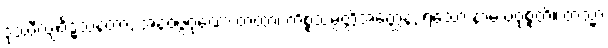
ဒုဿီလျဝိဒ္ဓံသနတာ, အနဝဇ္ဇဂုဏော တထာ၊ ကိစ္စသမ္ပတ္တိအတ္ထေန, ရသော နာမ ပဝုစ္စတိ။ တသ္မာ